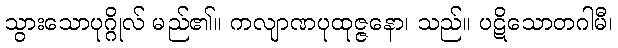
သွားသောပုဂ္ဂိုလ် မည်၏။ ကလျာဏပုထုဇ္ဇနော၊ သည်။ ပဋိသောတဂါမီ၊